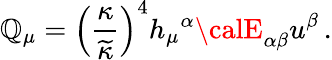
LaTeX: {\cal\mathbb{Q}}_{\mu}=\left({\frac{{\kappa}}{{\widetilde{\kappa}}}}\right)^{4}h_{\mu}{}^{\alpha}{\calE}_{\alpha\beta}u^{\beta}\, .